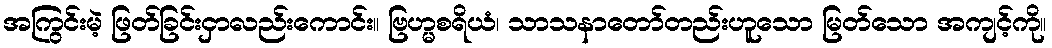
အကြွင်းမဲ့ ဖြတ်ခြင်းငှာလည်းကောင်း။ ဗြဟ္မစရိယံ၊ သာသနာတော်တည်းဟူသော မြတ်သော အကျင့်ကို။